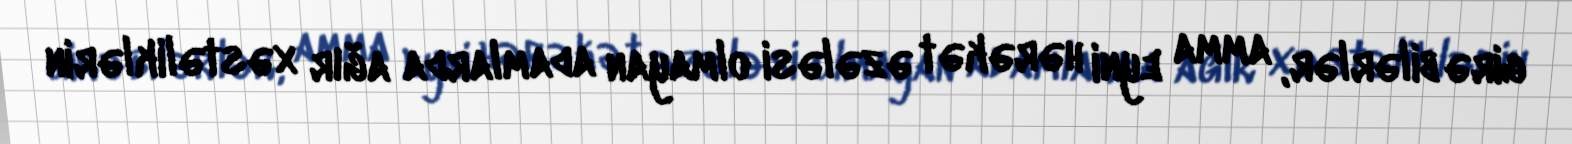
girə bilərlər, amma eyni hərəkət əzələsi olmayan adamlarda ağır xəstəliklərin